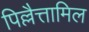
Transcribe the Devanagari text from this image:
पिल्लैत्तामिल